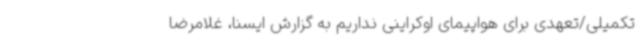
تکمیلی/تعهدی برای هواپیمای اوکراینی نداریم به گزارش ایسنا، غلامرضا